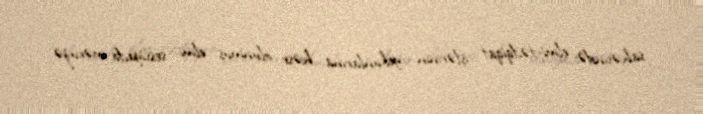
sahəsində elmi-tədqiqat işlərinin yekunlarına həsr olunmuş elmi sessiyada məruzə